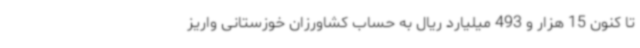
تا کنون 15 هزار و 493 میلیارد ریال به حساب کشاورزان خوزستانی واریز